Annual vaccination report of Bihar and Orissa - 1911-1928
Year: 1911
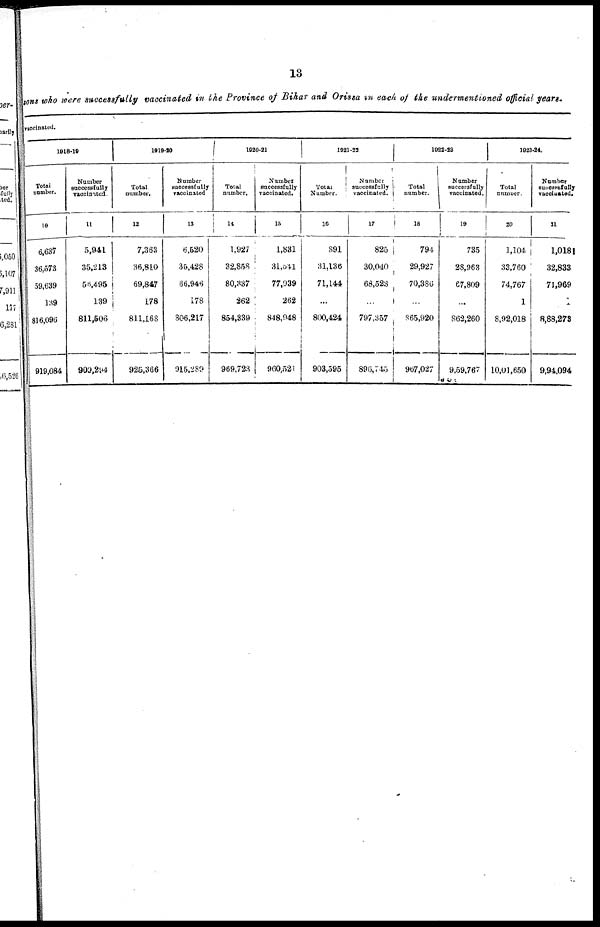
13
sons who were successfully vaccinated in the Province of Bihar and Orissa in each of the undermentioned official years.
vaccinated.
1918-19
Total
number.
10
6,637
36,573
59,639
139
816,096
919,084
Number
successfully
vaccinated.
11
5,941
35,213
56,495
139
811,506
909,294
1919-20
Total
number.
12
7,363
36,810
69,847
178
811,168
925,366
Number
successfully
vaccinated
13
6,520
35,428
66,946
178
806,217
915,289
1920-21
Total
number.
14
1,927
32,858
80,337
262
854,339
969,723
Number
successfully
vaccinated.
15
1,831
31,541
77,939
262
848,948
960,521
1921-22
Total
Number.
16
891
31,136
71,144
...
800,424
903,595
Number
successfully
vaccinated.
17
825
30,040
68,523
...
797,357
896,745
1922-23
Total
number.
18
794
29,927
70,386
...
865,920
967,027
Number
successfully
vaccinated.
19
735
28,963
67,809
...
862,260
9,59,767
1923-24.
Total
number.
20
1,104
33,760
74,767
1
8,92,018
10,01,650
Number
successfully
vaccinated.
21
1,018
32,833
71,969
1
8,88,273
9,94,094